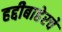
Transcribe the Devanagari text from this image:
हद्दीबाहेरचे